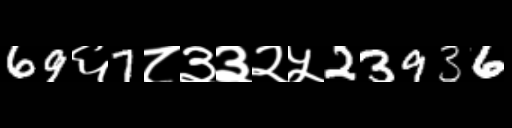
Text: 69६7८३३२५23936